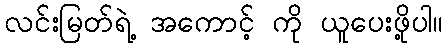
လင်းမြတ်ရဲ့ အကောင့် ကို ယူပေးဖို့ပါ။